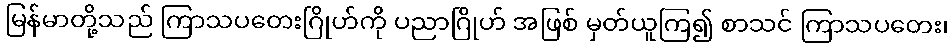
မြန်မာတို့သည် ကြာသပတေးဂြိုဟ်ကို ပညာဂြိုဟ် အဖြစ် မှတ်ယူကြ၍ စာသင် ကြာသပတေး၊